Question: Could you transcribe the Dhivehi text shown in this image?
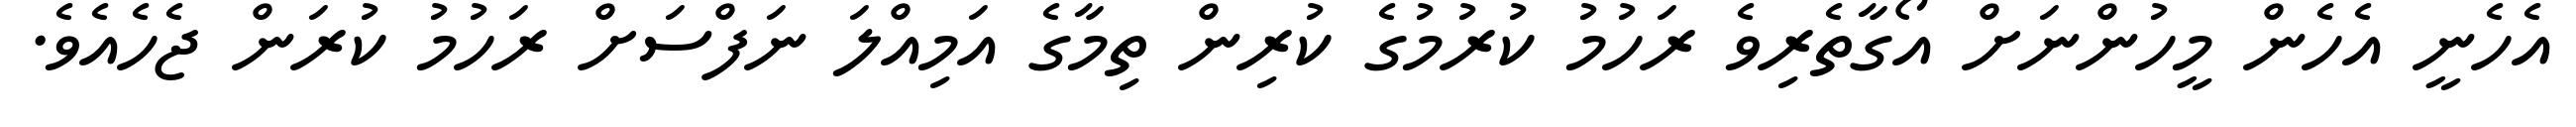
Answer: އެހެނީ އެހެން މީހުންނަށް އޯގާތެރިވެ ރަހުމު ކުރުމުގެ ކުރިން ތިމާގެ އަމިއްލަ ނަފްސަށް ރަހުމު ކުރަން ޖެހެއެވެ.